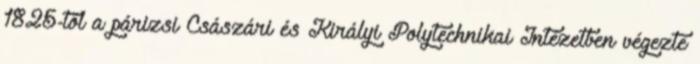
1825-től a párizsi Császári és Királyi Polytechnikai Intézetben végezte